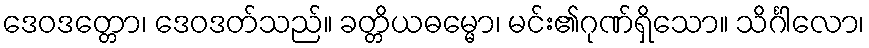
ဒေဝဒတ္တော၊ ဒေဝဒတ်သည်။ ခတ္တိယဓမ္မော၊ မင်း၏ဂုဏ်ရှိသော။ သိင်္ဂါလော၊